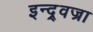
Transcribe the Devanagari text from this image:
इन्द्र्वज्रा